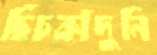
ছিঁচকাঁদুনি